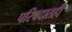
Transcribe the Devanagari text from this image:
परिषदातही